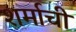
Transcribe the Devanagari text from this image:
शर्माची